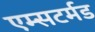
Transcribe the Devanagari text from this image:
एम्सटर्मड